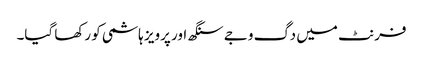
فرنٹ میں دگ وجے سنگھ اور پرویز ہاشمی کو رکھا گیا۔